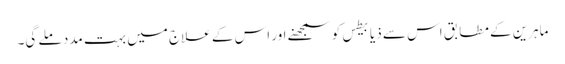
ماہرین کے مطابق اس سے ذیابیطس کو سمجھنے اور اس کے علاج میں بہت مدد ملے گی۔